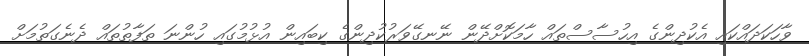
ވާހަކަދައްކައި އެކުދިންގެ އިހުސާސްތައް ހާމަކޮށްދޭން ނޭނގޭވަރުކުދިންގެ ކިބައިން އުޅުމުގައި ހުންނަ ތަފާތުތައް ދެނެގަތުމަށް